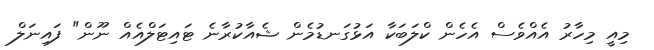
މިއީ މިހާރު އެއްވެސް އެހެން ކްލަބަކާ އަޅުގަނޑުމެން ޝެއާކުރާނެ ޓައިޓަލްއެއް ނޫން" ފައިނަލް